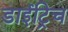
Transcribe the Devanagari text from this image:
डाईट्रिच